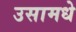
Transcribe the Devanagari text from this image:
उसामधे